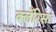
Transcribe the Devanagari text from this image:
क्लॅरिसा